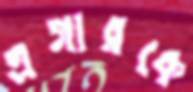
এগারকে